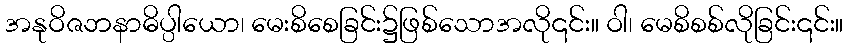
အနုဝိဇဘနာဓိပ္ပါယော၊ မေးစိစေခြင်း၌ဖြစ်သောအလို၎င်း။ ဝါ၊ မေစိစစ်လိုခြင်း၎င်း။